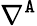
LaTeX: \nabla^{\mathtt{A}}